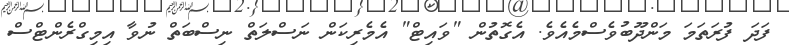
ފަދަ ފުރަތަމަ މަންދޫބުވެސްމެއެވެ. އެގޮތުން "ވައިޓް" އެމެރިކަން ނަސްލަތް ނިސްބަތް ނުވާ އިމިގްރެންޓްސް